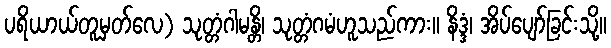
ပရိယာယ်တူမှတ်လေ) သုတ္တံဂါမန္တိ၊ သုတ္တံဂမံဟူသည်ကား။ နိဒ္ဒံ၊ အိပ်ပျော်ခြင်းသို့။